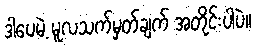
ဒါပေမဲ့ မူလသက်မှတ်ချက် အတိုင်းပါပဲ။